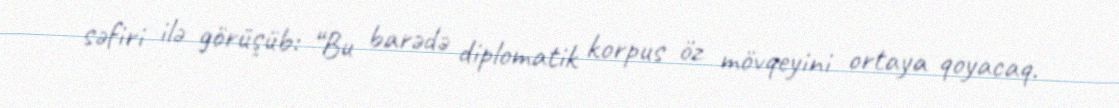
səfiri ilə görüşüb: “Bu barədə diplomatik korpus öz mövqeyini ortaya qoyacaq.